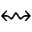
\leftrightsquigarrow